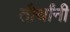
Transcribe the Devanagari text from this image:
तीर्थांनी